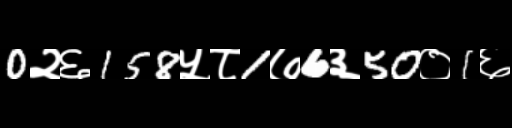
Text: 0२६158५८1७6३50०1६